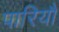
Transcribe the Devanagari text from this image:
पारियौ